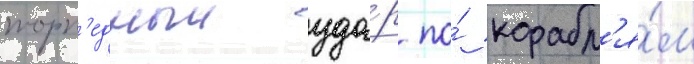
торп'едныи уда́р по́ корабл'я́м